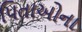
પિતાઓના